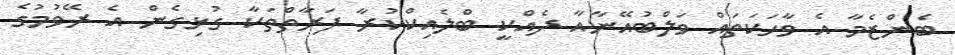
ބެންޒެމާ އެ ވާހަކަތައް ވަލްބުއޭނާއާ ދެއްކީ ބްލެއިކްކުރާ ފަރާތްތަކާ ގުޅިގެން އެ ރޭވުމުގެ